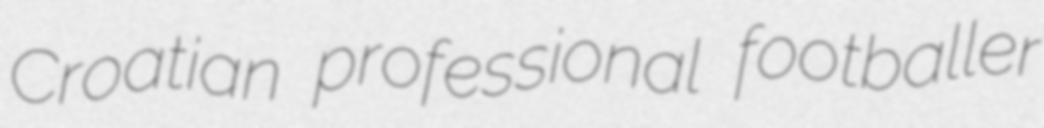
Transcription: Croatian professional footballer